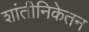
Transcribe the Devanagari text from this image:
शांतीनिकेतन